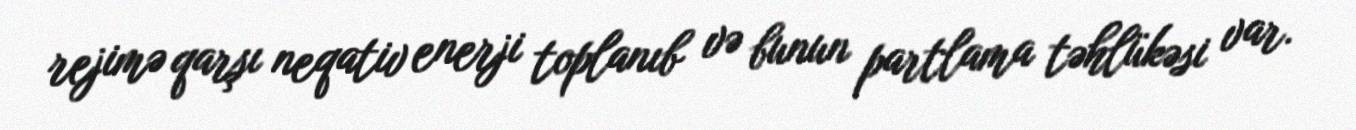
rejimə qarşı neqativ enerji toplanıb və bunun partlama təhlükəsi var.